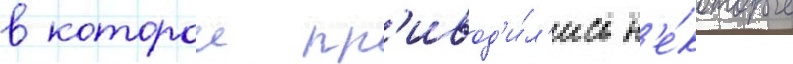
в которои пр'ивод'и́л'ись н'е́которые